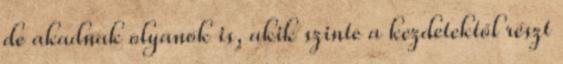
de akadnak olyanok is, akik szinte a kezdetektől részt